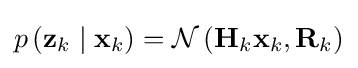
p\left(\mathbf {z} _{k}\mid \mathbf {x} _{k}\right)={\mathcal {N}}\left(\mathbf {H} _{k}\mathbf {x} _{k},\mathbf {R} _{k}\right)